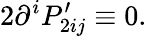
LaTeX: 2\partial^{i}P_{2ij}^{\prime}\equiv 0.